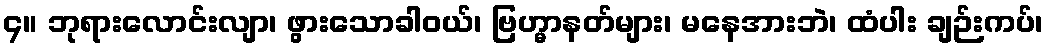
၄။ ဘုရားလောင်းလျာ၊ ဖွားသောခါဝယ်၊ ဗြဟ္မာနတ်များ၊ မနေအားဘဲ၊ ထံပါး ချဉ်းကပ်၊